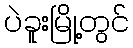
ပဲခူးမြို့တွင်